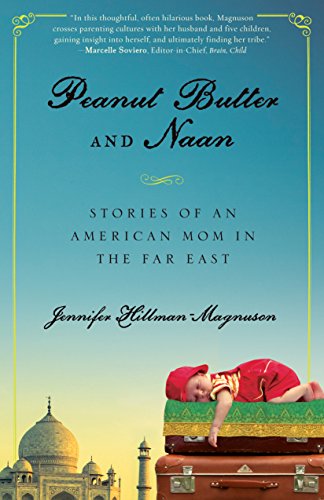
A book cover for Peanut Butter and Naan: Stories of an American Mom in the Far East; Jennifer Hillman-Magnuson; Travel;